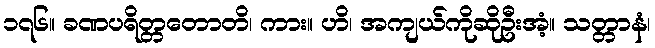
၁၇၆။ ခဏပရိတ္တတောတိ၊ ကား။ ဟိ၊ အကျယ်ကိုဆိုဦးအံ့။ သတ္တာနံ၊